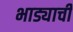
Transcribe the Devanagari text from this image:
भाड्याची